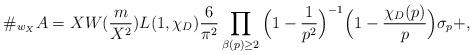
LaTeX: \begin{align*}\#_{w_X}A= XW(\frac{m}{X^2}) L(1,\chi_{D})\frac{6}{\pi^2} \prod_{\beta(p)\geq2}\Big(1-\frac{1}{p^2} \Big)^{-1} \Big(1-\frac{\chi_D(p)}{p}\Big)\sigma_p+ ,\end{align*}